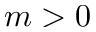
m > 0